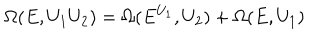
\Omega ( E , U _ { 1 } U _ { 2 } ) = \Omega ( E ^ { U _ { 1 } } , U _ { 2 } ) + \Omega ( E , U _ { 1 } )